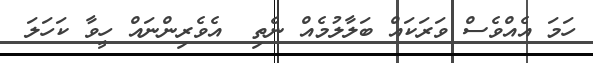
ހަމަ އެއްވެސް ވަރަކައް ބަލާލުމެއް ނެތި  އެވެރިންނައް ހީވާ ކަހަލަ